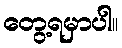
တွေ့ရမှာပါ။